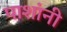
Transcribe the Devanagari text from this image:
पाशांनी